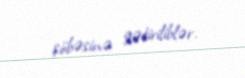
şöbəsinə gətiriliblər.